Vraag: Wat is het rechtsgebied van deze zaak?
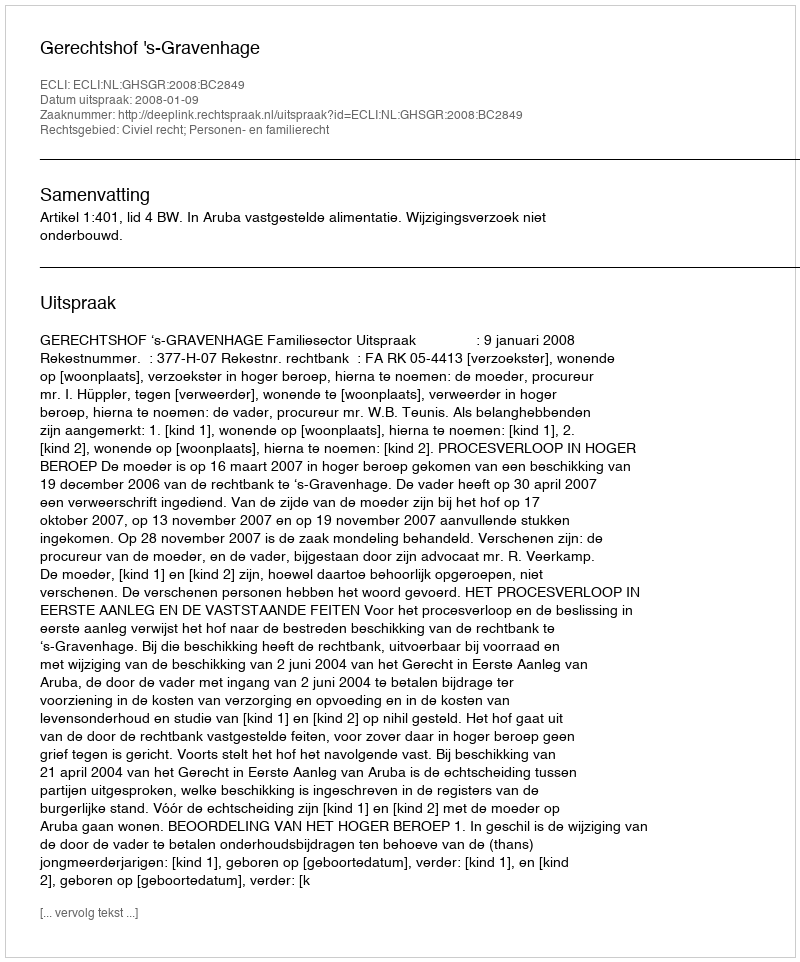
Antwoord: Civiel recht; Personen- en familierecht